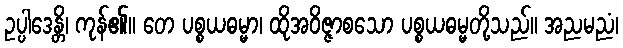
ဥပ္ပါဒေန္တိ၊ ကုန်၏။ တေ ပစ္စယဓမ္မာ၊ ထိုအဝိဇ္ဇာစသော ပစ္စယဓမ္မတို့သည်။ အညမညံ၊